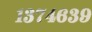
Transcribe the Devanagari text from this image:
१३७४६३९